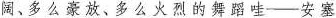
阔、多么豪放、多么火烈的舞蹈哇——安塞